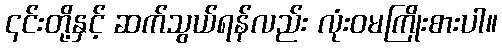
၎င်းတို့နှင့် ဆက်သွယ်ရန်လည်း လုံးဝမကြိုးစားပါ။